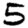
Digit: 5